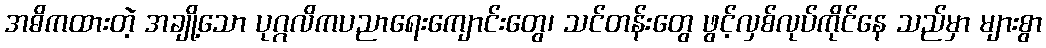
အဓိကထားတဲ့ အချို့သော ပုဂ္ဂလိကပညာရေးကျောင်းတွေ၊ သင်တန်းတွေ ဖွင့်လှစ်လုပ်ကိုင်နေ သည်မှာ များစွာ